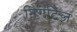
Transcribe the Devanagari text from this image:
निगेटिव्ज